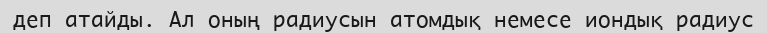
деп атайды. Ал оның радиусын атомдық немесе иондық радиус